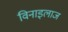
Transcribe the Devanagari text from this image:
विनाइलाज